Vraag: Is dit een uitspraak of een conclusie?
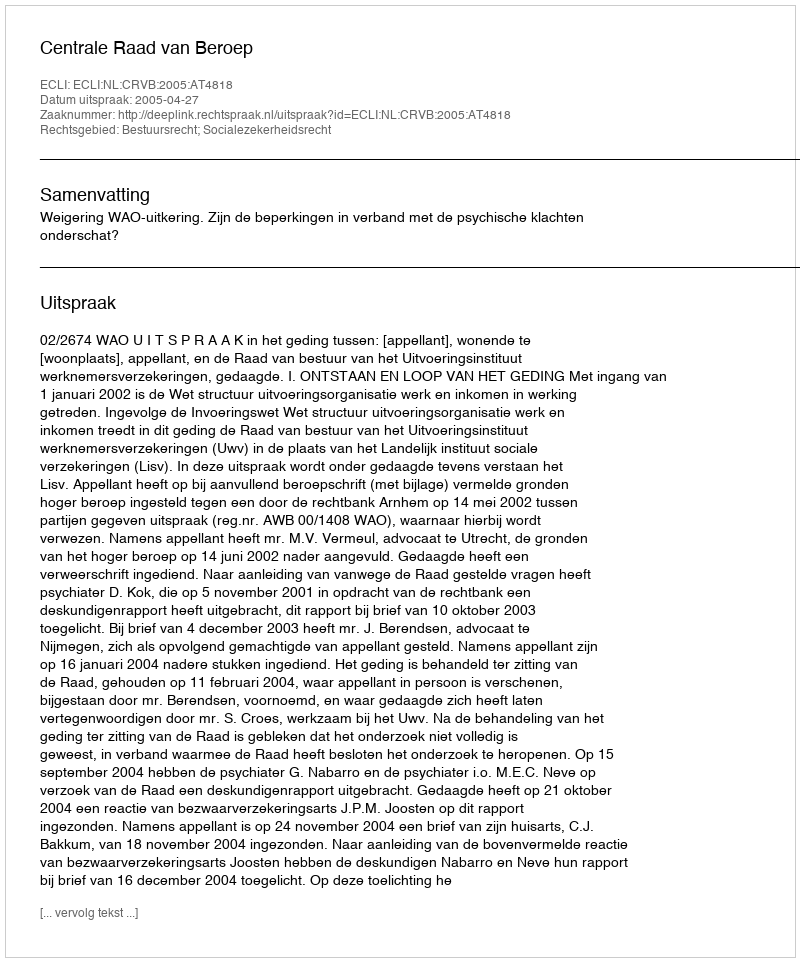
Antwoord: Uitspraak